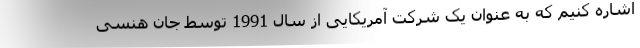
اشاره کنیم که به عنوان یک شرکت آمریکایی از سال 1991 توسط جان هنسی